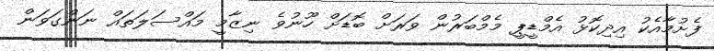
ފެށުމާއެކު އިދިކޮޅު އެމްޑީޕީ މެމްބަރުން ވަރަށް ބޮޑަށް ހޫނުވެ ނިޒާމީ މައްސަލަތައް ނަންގަވަން